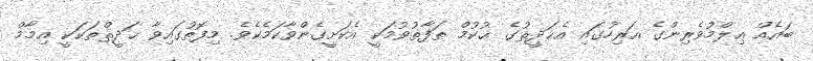
ބައެއް ޢިލްމުވެރިންގެ އަރިހުގައި އެޙަދީޘުގެ ޙުކުމް ތަފާތުވުމަކީ އެކަށީގެންވާކަމެކެވެ. މިފޮތުގައިވާ ޙަދީޘްތަކަކީ އިމާމް